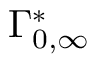
\Gamma _ { 0 , \infty } ^ { * }